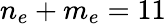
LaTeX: n_{e}+m_{e}=11